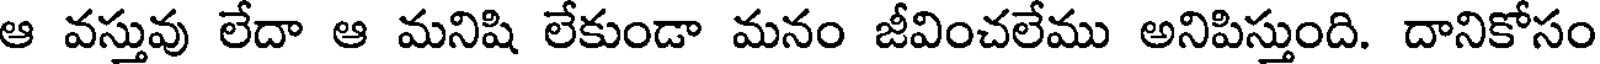
ఆ వస్తువు లేదా ఆ మనిషి లేకుండా మనం జీవించలేము అనిపిస్తుంది. దానికోసం